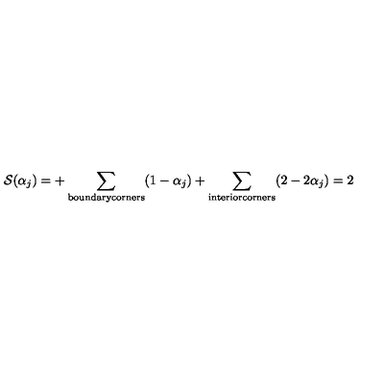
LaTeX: { \cal S } ( \alpha _ { j } ) = + \sum _ { \mathrm { b o u n d a r y c o r n e r s } } ( 1 - \alpha _ { j } ) + \sum _ { \mathrm { i n t e r i o r c o r n e r s } } ( 2 - 2 \alpha _ { j } ) = 2